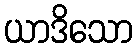
ယာဒိသော